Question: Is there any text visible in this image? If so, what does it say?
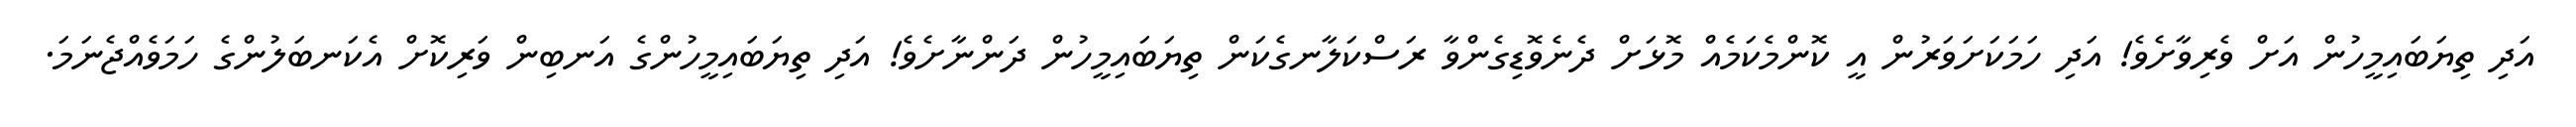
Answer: އަދި ތިޔަބައިމީހުން އަށް ވެރިވާށެވެ! އަދި ހަމަކަށަވަރުން އީ ކޮންމެކަމެއް މޮޅަށް ދެނެވޮޑިގެންވާ ރަސްކަލާނގެކަން ތިޔަބައިމީހުން ދަންނާށެވެ! އަދި ތިޔަބައިމީހުންގެ އަނބިން ވަރިކޮށް އެކަނބަލުންގެ ހަމަވެއްޖެނަމަ.